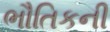
ભૌતિકની